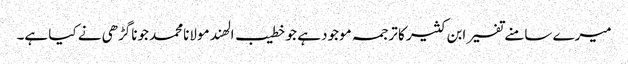
میرے سامنے تفسیر ابن کثیر کا ترجمہ موجود ہے جو خطیب الھند مولانامحمد جوناگڑھی نے کیا ہے۔